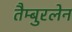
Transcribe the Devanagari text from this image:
तैम्बुरलेन